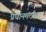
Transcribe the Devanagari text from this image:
प्रधानमन्त्रीत्व